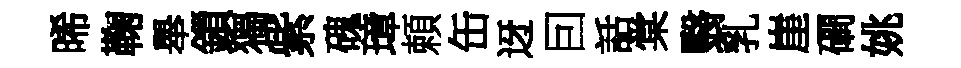
晞鞠舉鎻獨紫磈璋頼缶迓囙話棠翳乳崖磵姚